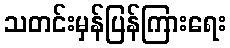
သတင်းမှန်ပြန်ကြားရေး